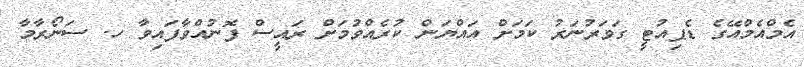
އެމްއެމްއޭގެ ޑެޕިއުޓީ ގަވަރުނަރު ކަމަށް އައްޔަން ކުރެއްވުމަށް ރައީސް ފޮނުއްވާފައިވާ ހ. ސަނޯރާމާ